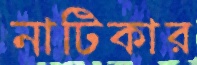
নাটিকার